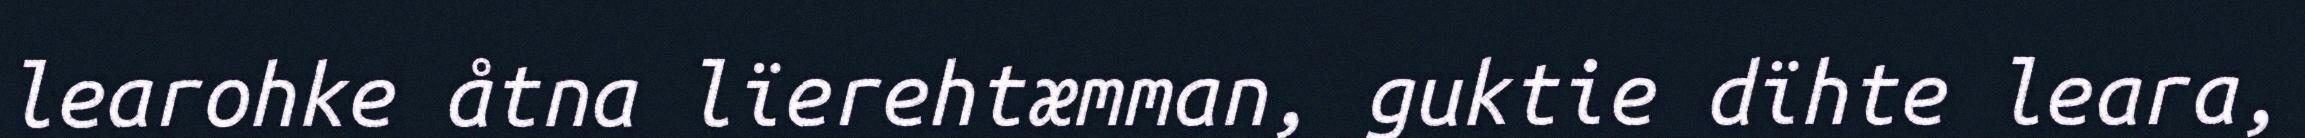
learohke åtna lïerehtæmman, guktie dïhte leara,